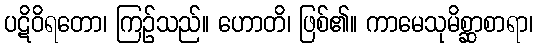
ပဋိဝိရတော၊ ကြဉ်သည်။ ဟောတိ၊ ဖြစ်၏။ ကာမေသုမိစ္ဆာစာရာ၊